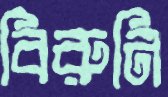
বিরুনি